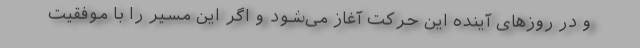
و در روزهای آینده این حرکت آغاز می‌شود و اگر این مسیر را با موفقیت